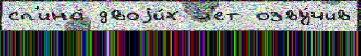
сп'ина́ двоjи́х л'ет озву́чив